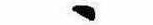
ゝ